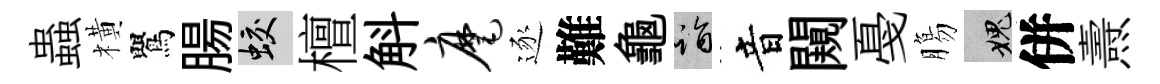
蟲橫鸎腸蛟檀斛麾逐難龜诣音闚戞膓愧併燾